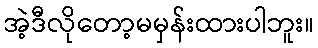
အဲ့ဒီလိုတော့မမှန်းထားပါဘူး။